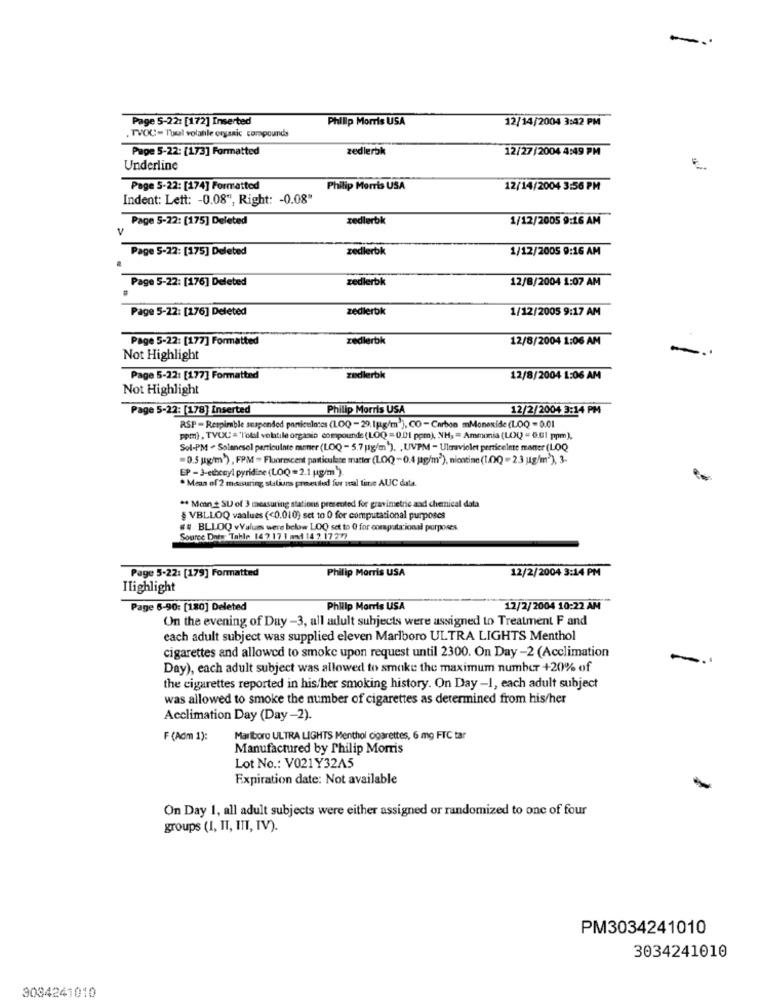
-
Page 5-22: [172] Inserted
Philip Morris USA
12/14/2004 3:42 PM
. TVOU= Toul volatile organic compounds
Pape 5-22: [173] Formatted
zedlerbk
12/27/2004 4:49 PM
Underline
Page S-22: [174] Formatted
Philip Morris USA
12/14/2004 3:56 PM
Indent: Lett: - 0.08", Right: - 0.08"
Page 5-22: [175] Deleted
zedlerbk
1/12/2005 9:16 AM
V
zedlerbk
1/12/2005 9:16 AM
Page 5-22: [175] Deleted
Page 5-22: [176] Deleted
zedlerbk
12/8/2004 1:07 AM
Page 5-22: [176] Deleted
zedlerbk
1/12/2005 9:17 AM
Page 5-22: [177] Formatted
zedlerbk
12/8/2004 1:06 AM
Not Highlight
Page 5-22: [177] Formatted
zedlerbk
12/8/2004 1:06 AM
Not Highlight
Page 5-22: [178] Inserted
Philip Morris USA
12/2/2004 3:14 PM
RSP = Respimble suspended particulates (LOQ -29.1g/m)), CO -Carbon Monoxide(LOQ=0.01
ppm), TVOC = 'Total volatile organic compounde (LOQ =0.01 ppm), NH, = Ammonia (LOQ = 6.01 ppm),
Sol-PM - Solencsol particuinte mener (LOQ - 5.7 pg/m'). , UVPM - Ultraviolet perniceinte manter (LOQ
=0.5 kg/m) , FPM = Fluorescent particulate matter (LOQ-0.4 g/m3), niostine (1.0Q =2.3 ug/m3), 3-
EP - 3-ethenyl pyridine (LOQ=2.1 ug/m ).
* Mean of 2 meusuring statiuns proeuled for mal tine AUC data
** Mon + SU of 3 measuring stations presented for gravimetric and chemical data
§ VBLLOQ values (<0.010) set to 0 for computational purposes
## BLLOQ vValues were below LOQ set to 0 for computacional purposes
Source Dnes Tahle 147 17 1 and 14 7 17277
Philip Morris USA
12/2/2004 3:14 PM
Page 5-22: [179] Formatted
Ilighlight
Page 6-90: [180] Deleted
Philip Morris USA
12/2/2004 10:22 AM
On the evening of Day -3, all adult subjects were assigned to Treatment F and
each adult subject was supplied eleven Marlboro ULTRA LIGHTS Menthol
cigarettes and allowed to smoke upon request until 2300. On Day-2 (Acclimation
Day), each adult subject was allowed to smoke the maximum number +20% of
the cigarettes reported in his/her smoking history. On Day -1, each adult subject
was allowed to smoke the number of cigarettes as determined from his/her
Acclimation Day (Day-2).
F (Adm 1):
Marlboro ULTRA LIGHTS Menthol cigarettes, 6 mg FTC tar
Manufactured by Philip Morris
Lot No .: V021Y32A5
Expiration date: Not available
-
On Day 1, all adult subjects were either assigned or randomized to one of four
groups (I, II, III, IV).
PM3034241010
3034241010
3034241010